Vaccine operations Central Provinces & Berar 1922-1929 - 1922-1929
Year: 1922
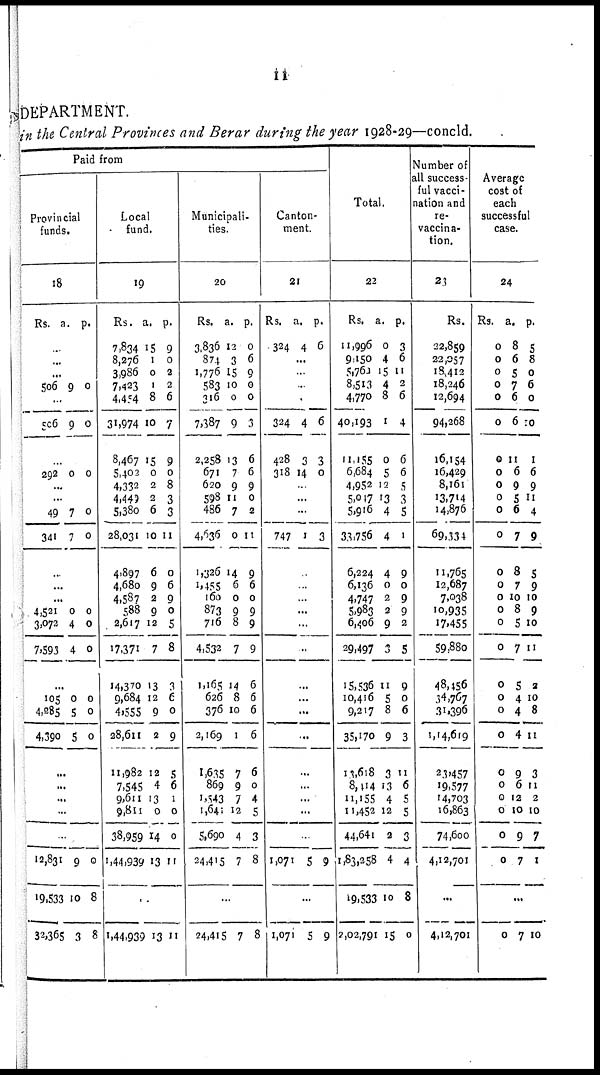
11
DEPARTMENT.
in the Central Provinces and Berar during the year 1928-29—concld.
Paid from
Provincial
funds.
18
Rs. a. p.
..
...
...
506 9 0
..
506 9 0
...
292 0 0
...
...
49
341
7
7
0
0
..
...
...
4,521
3,072
7,593
0
4
4
0
0
0
...
105
4,285
4,390
0
5
5
0
0
0
...
...
...
...
...
12,831
19,533
32,365
9
10
3
0
8
8
Local
fund.
19
Rs.
7,834
8,276
3,986
7,423
4,454
31,974
8,467
5,402
4,332
4,449
5,380
28,031
4,897
4,680
4,587
588
2,617
17,371
14,370
9,684
4,555
28,611
11,982
7,545
9,611
9,811
38,959
1,44,939
a.
15
1
0
1
8
10
15
0
2
2
6
10
6
9
2
9
12
7
13
12
9
2
12
4
13
0
14
13
p.
9
0
2
2
6
7
9
0
8
3
3
11
0
6
9
0
5
8
3
6 0
9
5
6
1
0
0
11
..
1,44,939 13 11
Municipali-
ties.
20
Rs.
3,836
874
1,776
583
316
7,387
2,258
671
620
598
486
4,636
1,326
1,455
160
873
716
4,532
1,165
626
376
2,169
1,635
869
1,543
1,641
5,690
24,415
a.
12
3
15
10
0
9
13
7
9
11
7
0
14
6
0
9
8
7
14
8
10
1
7
9
7
12
4
7
p.
0
6
9
0
0
3
6
6
9
0
2
11
9
6
0
9
9
9
6
6
6
6
6
0
4
5
3
8
...
24,415 7 8
Canton-
ment.
21
Rs.
324
a.
4
p.
6
...
.
.
.
324
428
318
4
3
14
6
3
0
..
...
...
747 1 3
...
.
...
...
...
..
...
...
...
...
...
...
...
...
...
1,071 5 9
...
1,071 5 9
Total.
22
Rs.
11,996
9,150
5,760
8,513
4,770
40,193
11,155
6,684
4,952
5,017
5,916
33,756
6,224
6,136
4,747
5,983
6,406
29,497
15,536
10,416
9,217
35,170
13,618
8,114
11,155
11,452
44,641
1,83,258
19,533
2,02,791
a.
0
4
15
4
8
1
0
5
12
13
4
4
4
0
2
2
9
3
11
5
8
9
3
13
4
12
2
4
10
15
p.
3
6
11
2
6
4
6
6
5
3
5
1
9
0
9
9
2
5
9
0
6
3
11
6
5
5
3
4
8
0
Number of
all success-
ful vacci-
nation and
re-
vaccina-
tion.
23
Rs.
22,859
22,057
18,412
18,246
12,694
94,268
16,154
16,429
8,161
13,714
14,876
69,334
11,765
12,687
7,038
10,935
17,455
59,880
48,456
34,767
31,396
1,14,619
23,457
19,577
14,703
16,863
74,600
4,12,701
...
4,12,701
Average
cost of
each
successful
case.
24
Rs.
0
0
0
0
0
0
0
0
0
0
0
0
0
0
0
0
0
0
0
0
0
0
0
0
0
0
0
0
a.
8
6
5
7
6
6
11
6
9
5
6
7
8
7
10
8
5
7
5
4
4
4
9
6
12
10
9
7
p.
5
8
0
6
0
10
1
6
9
11
4
9
5
9
10
9
10
11
2
10
8
11
3
11
2
10
7
1
...
0 7 10